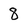
Character: 8